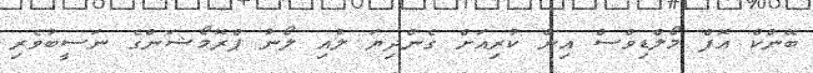
ބޭންކް އޮފް މޯލްޑިވްސް އިން ކުރިއަށް ގެންދިޔަ ލުއި ލޯނު ޕްރޮމޯޝަންގެ ނަސީބުވެރި